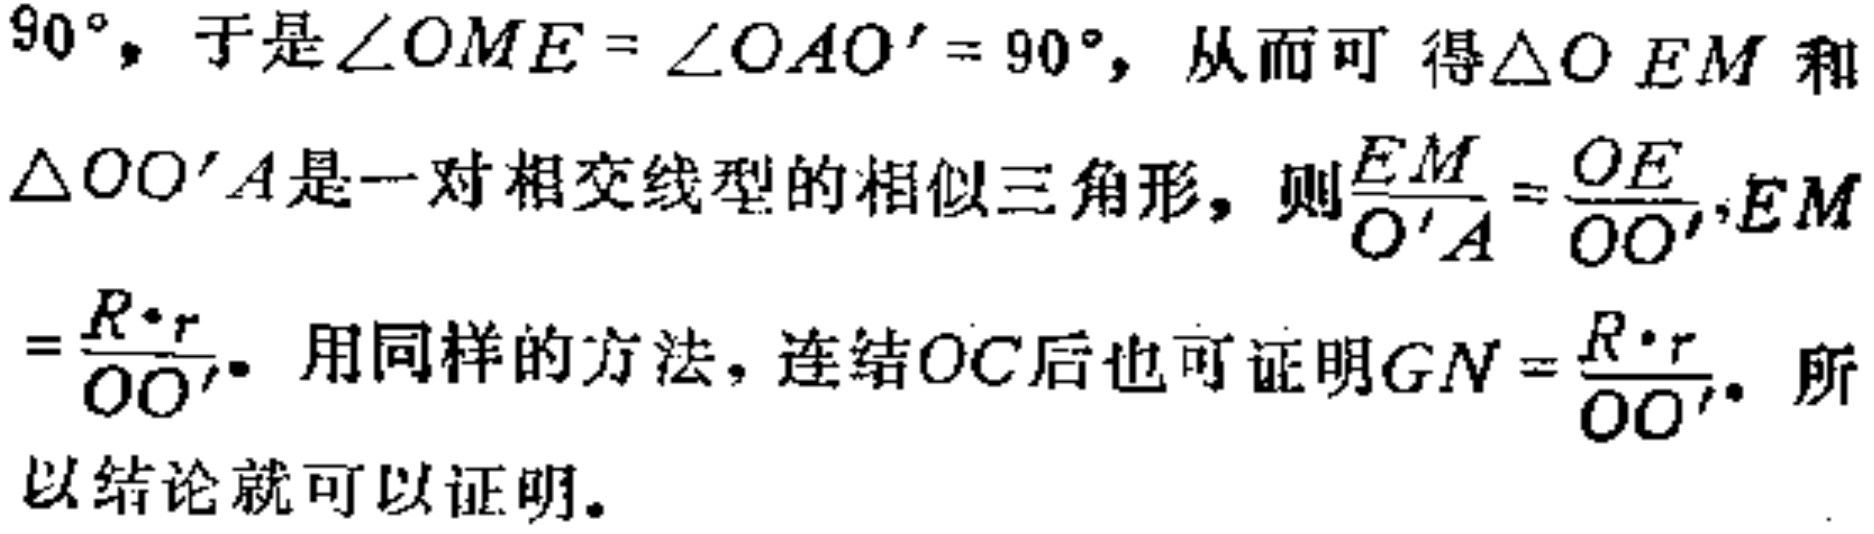
$90^{\circ}，于是\angle OME = \angle OAO' = 90^{\circ}，从而可得\triangle OEM和\triangle OO'A是一对相交线型的相似三角形，则\frac{EM}{O'A}=\frac{OE}{OO'},EM=\frac{R\cdot r}{OO'}.用同样的方法，连结OC后也可证明GN = \frac{R\cdot r}{OO'}.所以结论就可以证明。$